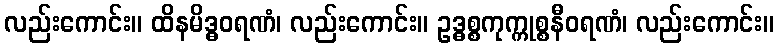
လည်းကောင်း။ ထိနမိဒ္ဓဝရဏံ၊ လည်းကောင်း။ ဥဒ္ဓစ္စကုက္ကုစ္စနီဝရဏံ၊ လည်းကောင်း။